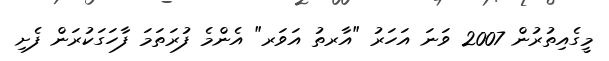
މީގެއިތުރުން 2007 ވަނަ އަހަރު "އާރތު އަވަރ" އެންމެ ފުރަތަމަ ފާހަގަކުރަން ފެށި